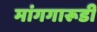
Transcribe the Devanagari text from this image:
मांगगारूडी